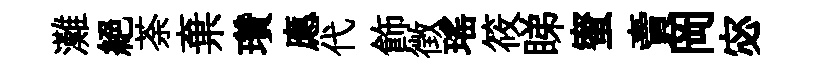
灘絶荼棄瓚應代飾徴瑶筱睇蜜賣岡宓